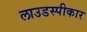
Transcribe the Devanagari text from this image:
लाउडस्पीकार